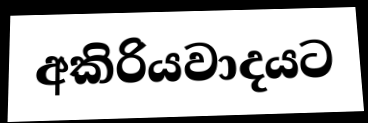
අකිරියවාදයට